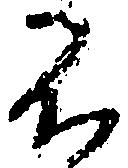
不